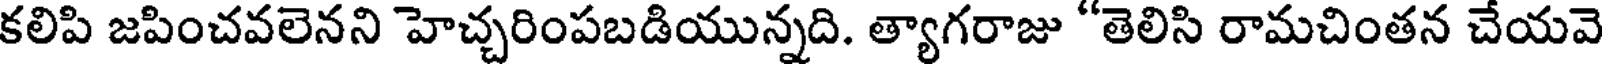
కలిపి జపించవలెనని హెచ్చరింపబడియున్నది. త్యాగరాజు "తెలిసి రామచింతన చేయవె